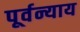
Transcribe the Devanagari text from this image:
पूर्वन्याय